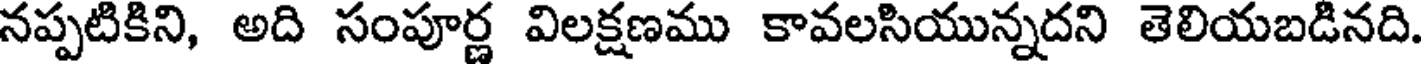
నప్పటికిని, అది సంపూర్ణ విలక్షణము కావలసియున్నదని తెలియబడినది